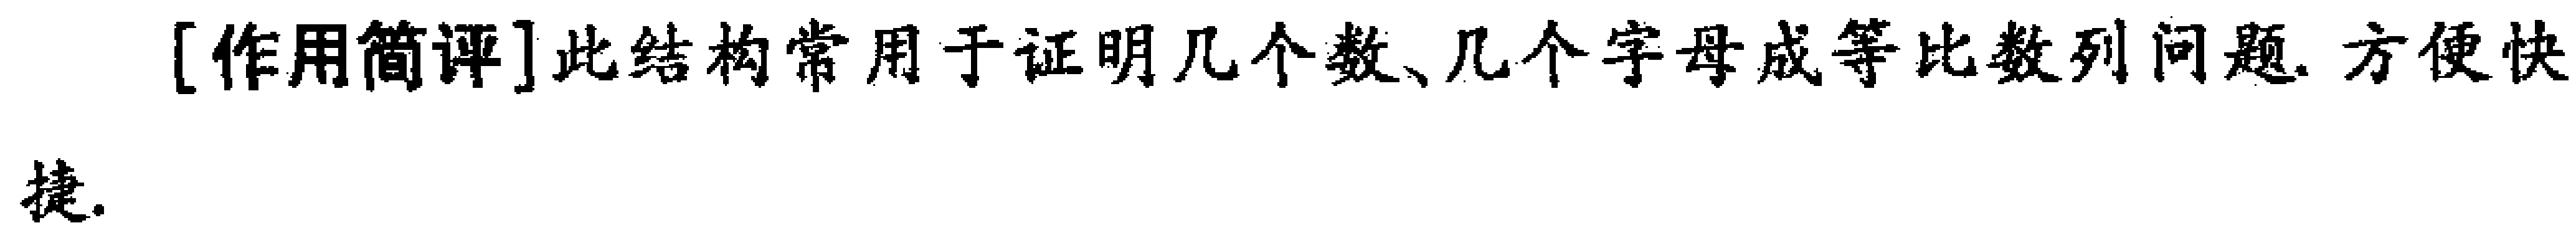
[作用简评]此结构常用于证明几个数、几个字母成等比数列问题. 方便快捷.